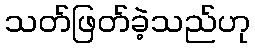
သတ်ဖြတ်ခဲ့သည်ဟု